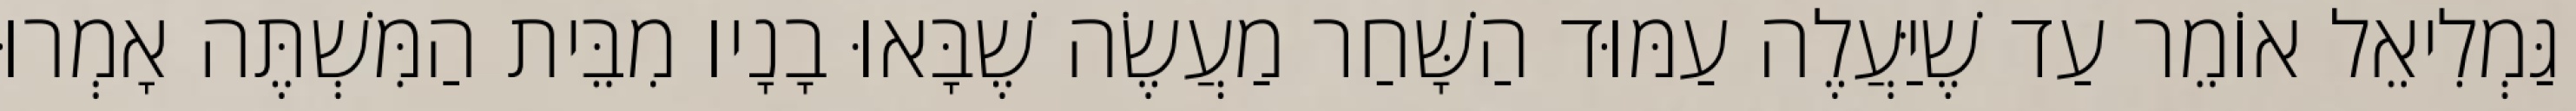
גַּמְלִיאֵל אוֹמֵר עַד שֶׁיַּעֲלֶה עַמּוּד הַשָּׁחַר מַעֲשֶׂה שֶׁבָּאוּ בָנָיו מִבֵּית הַמִּשְׁתֶּה אָמְרוּ